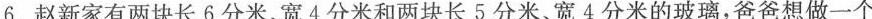
6.赵新家有两块长6分米、宽4分米和两块长5分米宽4分米的玻璃，爸爸想做一个